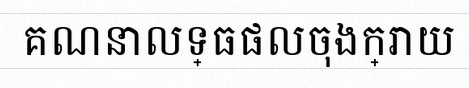
គណនាលទ្ធផលចុងក្រោយ